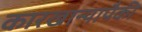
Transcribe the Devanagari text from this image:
कारखान्यापैकी